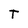
Character: T